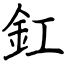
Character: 釭